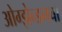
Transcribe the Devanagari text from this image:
ओग्झेन्डनचा